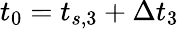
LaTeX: t_{0}=t_{s,3}+\Delta t_{3}